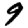
Digit: 9